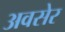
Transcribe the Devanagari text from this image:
अवसेर